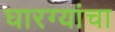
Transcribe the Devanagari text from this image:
घारग्यांचा